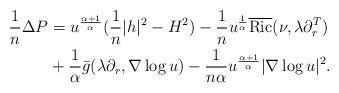
LaTeX: \begin{align*}\frac{1}{n}\Delta P&= u^{\frac{\alpha+1}{\alpha}}(\frac{1}{n}|h|^{2}-H^{2})-\frac{1}{n}u^{\frac{1}{\alpha}}\overline{\mathrm{Ric}}(\nu,\lambda\partial_{r}^{T}) \\&+\frac{1}{\alpha}\bar{g}(\lambda\partial_{r},\nabla \log u)-\frac{1}{n\alpha}u^{\frac{\alpha+1}{\alpha}}|\nabla\log u|^{2}. \end{align*}